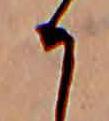
か